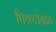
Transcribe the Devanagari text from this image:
पिक्टोग्राम